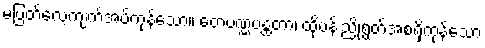
မပြတ်လေ့ကျက်အပ်ကုန်သော။ တေပဏ္ဏပန္ထတာ၊ ထိုပန်းညိုရွတ်အစရှိကုန်သော